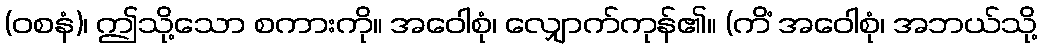
(ဝစနံ)၊ ဤသို့သော စကားကို။ အဝေါစုံ၊ လျှောက်ကုန်၏။ (ကိံ အဝေါစုံ၊ အဘယ်သို့